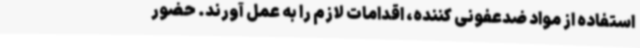
استفاده از مواد ضدعفونی کننده، اقدامات لازم را به عمل آورند. حضور